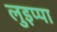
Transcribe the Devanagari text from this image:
लुइप्पा